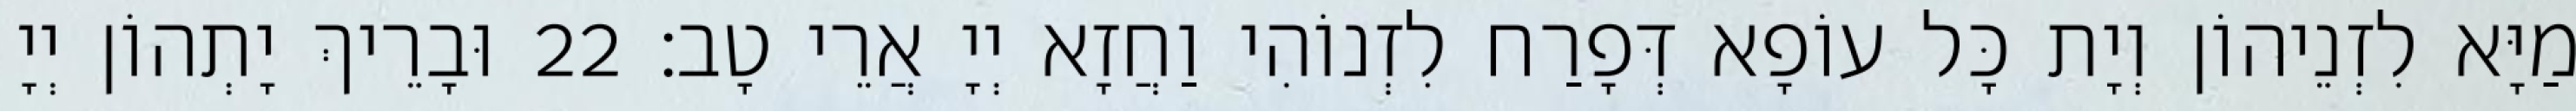
מַיָּא לִזְנֵיהוֹן וְיָת כָּל עוֹפָא דְּפָרַח לִזְנוֹהִי וַחֲזָא יְיָ אֲרֵי טָב׃ 22 וּבָרֵיךְ יָתְהוֹן יְיָ